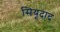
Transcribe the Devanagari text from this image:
सियूदाद